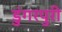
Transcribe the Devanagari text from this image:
डुंगरपुरी